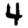
Digit: 4